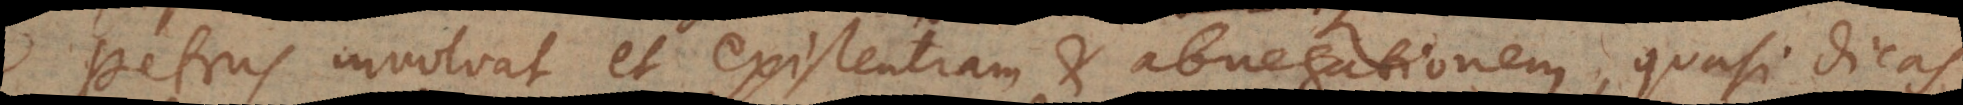
Petrus involvat et existentiam et abnegationem, quasi dicas